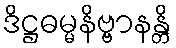
ဒိဋ္ဌဓမ္မနိဗ္ဗာနန္တိ